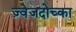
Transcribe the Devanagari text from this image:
ज़्वेजदोच्का